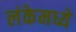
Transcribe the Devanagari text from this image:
लंकेमध्ये